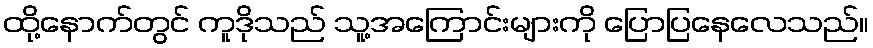
ထို့နောက်တွင် ကူဒိုသည် သူ့အကြောင်းများကို ပြောပြနေလေသည်။